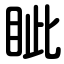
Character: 眦